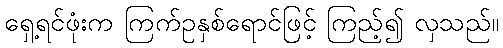
ရှေ့ရင်ဖုံးက ကြက်ဥနှစ်ရောင်ဖြင့် ကြည့်၍ လှသည်။